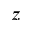
{ z }